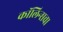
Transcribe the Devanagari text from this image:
कॉलिन्सचा